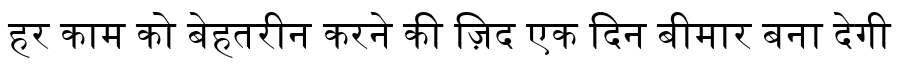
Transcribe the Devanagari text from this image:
हर काम को बेहतरीन करने की ज़िद एक दिन बीमार बना देगी